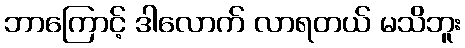
ဘာကြောင့် ဒါလောက် လာရတယ် မသိဘူး